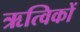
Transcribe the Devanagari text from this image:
ऋत्विकों